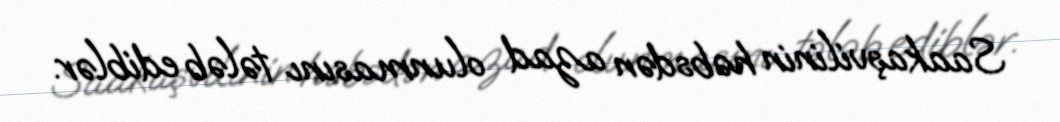
Saakaşvilinin həbsdən azad olunmasını tələb ediblər.